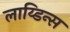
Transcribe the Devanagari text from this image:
लाय्डिन्स